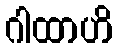
ဂါထာဟိ